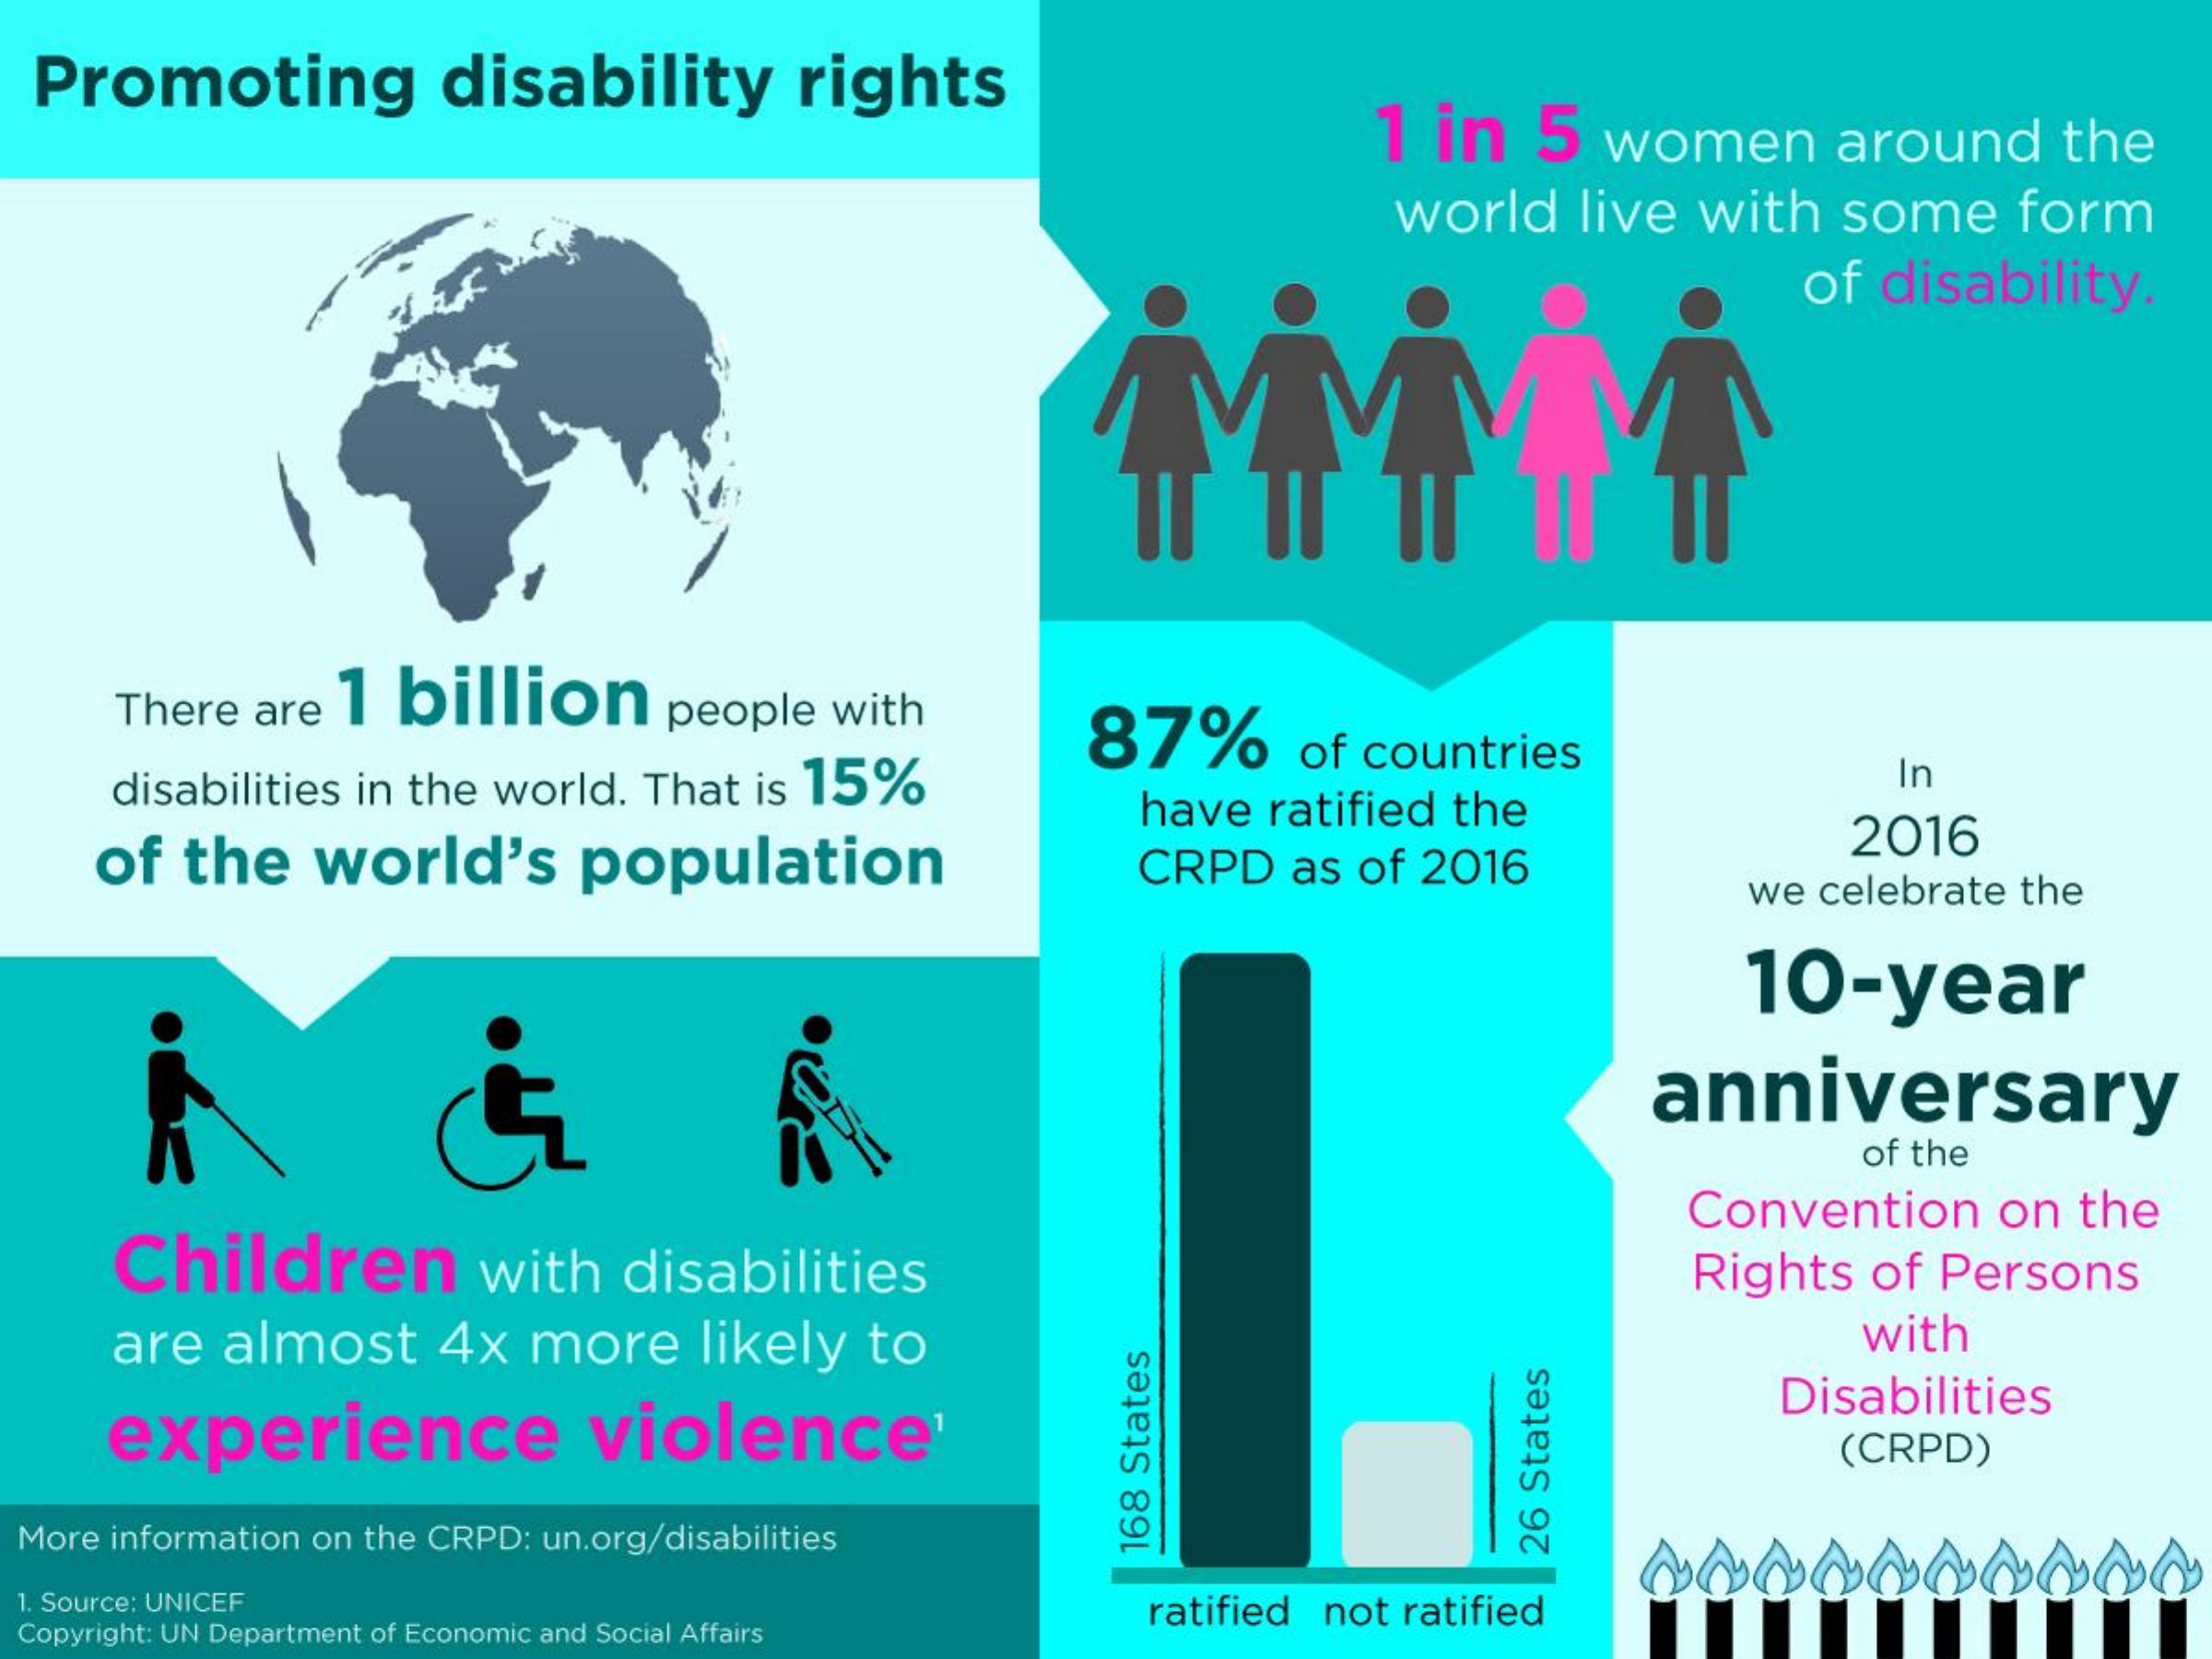
Promoting    disability    rights
     1  in    5   women    around    the
     world    live   with    some    form
     of  disability.
     There   are   1   billion    people    with    87%    of  countries
     disabilities    in the  world.    That   is 15%
     have    ratified    the
     In
     of   the    world's    population    CRPD    as   of  2016
     2016
     we  celebrate    the
     10-year
     anniversary
     of the
     Children    with    disabilities
     Convention    on   the
     Rights    of   Persons
     are    almost    4x    more    likely    to    with
     experience    violence
     Disabilities
     (CRPD)
  More information  on the CRPD:   un.org/disabilities    168
     States
     26
     States
  1. Source: UNICEF
  Copyright: UN Department of Economic and Social Affairs
     ratified  not   ratified